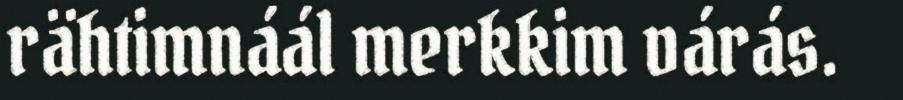
rähtimnáál merkkim várás.